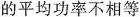
的平均功率不相等